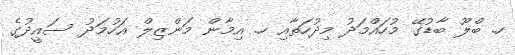
ހ. ބްލޫ ބާޑުގޭ މުހައްމަދު މިދުހަތާއި ހ. އިމާން މަންޒިލް އަހުމަދު ސައީދުގެ